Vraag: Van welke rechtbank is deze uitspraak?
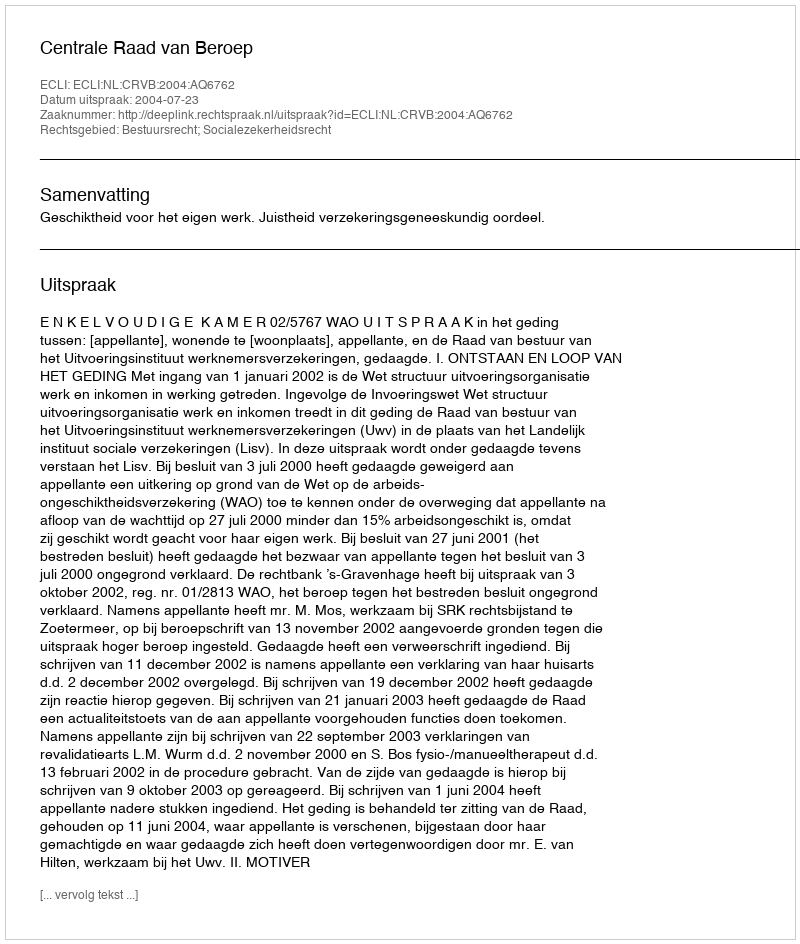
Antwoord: Centrale Raad van Beroep